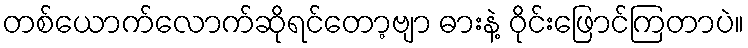
တစ်ယောက်လောက်ဆိုရင်တော့ဗျာ ဓားနဲ့ ဝိုင်းဖြောင်ကြတာပဲ။